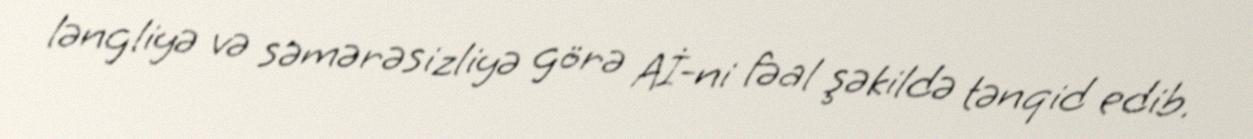
ləngliyə və səmərəsizliyə görə Aİ-ni fəal şəkildə tənqid edib.